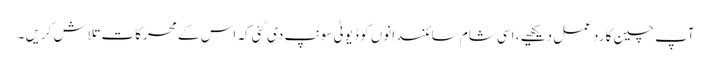
آپ چین کا رد عمل دیکھیے ، اسی شام سائنسدانوں کو ڈیوٹی سونپ دی گئی کہ اس کے محرکات تلاش کریں ۔